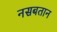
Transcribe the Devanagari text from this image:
नसबतान